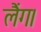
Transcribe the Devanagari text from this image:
लैंग।